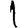
Digit: 1